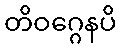
တိဝဂ္ဂေနပိ